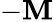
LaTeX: -\mathbf{M}